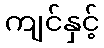
ကျင်နှင့်